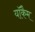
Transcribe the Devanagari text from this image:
यॉकैम